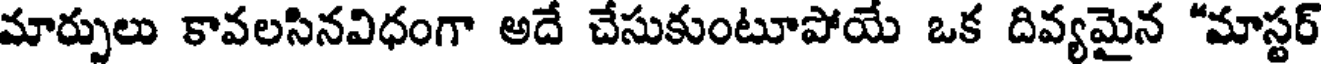
మార్పులు కావలసినవిధంగా అదే చేసుకుంటూపోయే ఒక దివ్యమైన "మాస్టర్